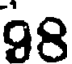
98